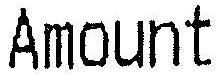
AMOUNT